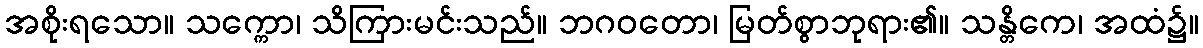
အစိုးရသော။ သက္ကော၊ သိကြားမင်းသည်။ ဘဂဝတော၊ မြတ်စွာဘုရား၏။ သန္တိကေ၊ အထံ၌။